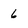
Character: 6